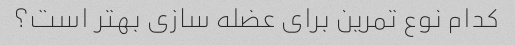
کدام نوع تمرین برای عضله سازی بهتر است؟